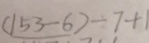
( 1 5 3 - 6 ) - 7 + 1